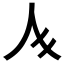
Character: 𱎚